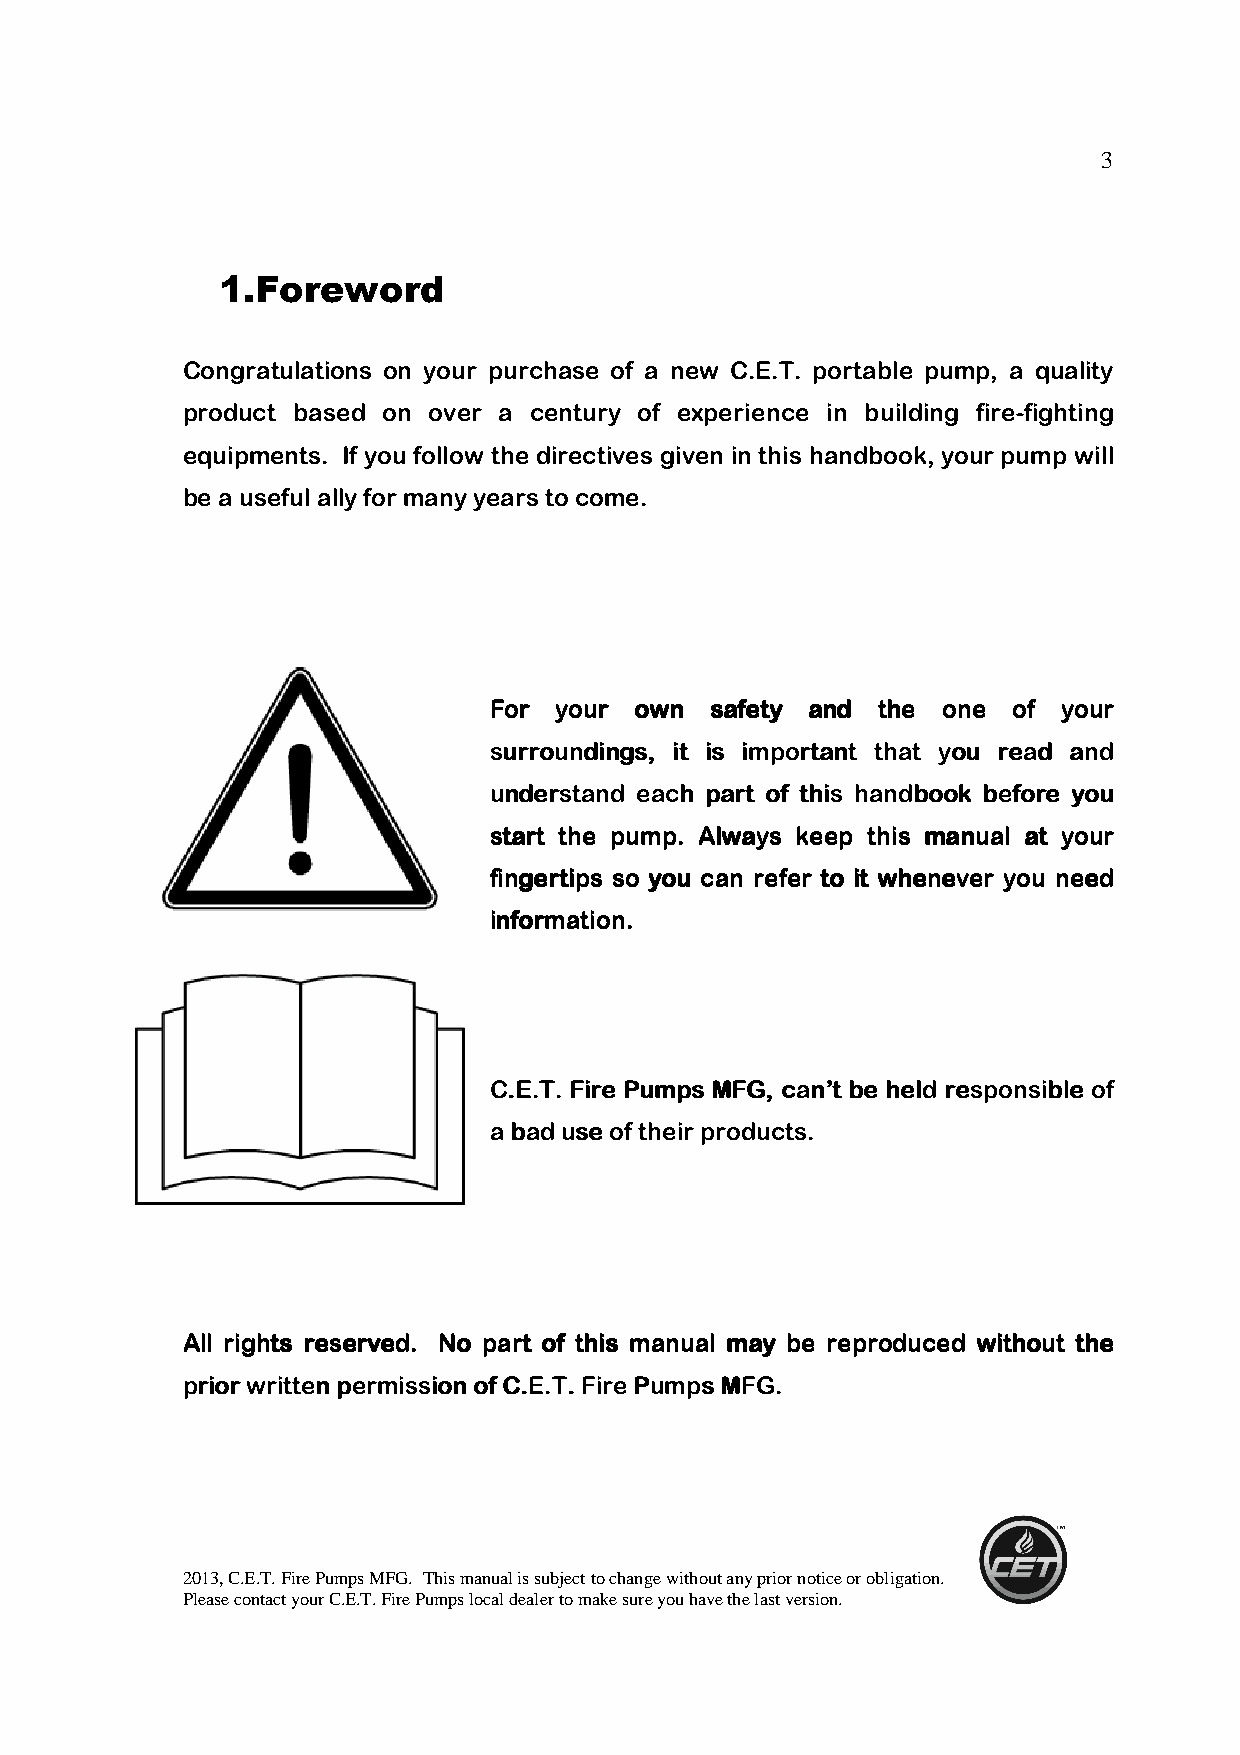
3
 1.Foreword
 Congratulations on your purchase of a new C.E.T. portable pump, a quality
 product based on over a century of experience in building fire-fighting
 equipments. If you follow the directives given in this handbook, your pump will
 be a useful ally for many years to come.
 FFFFoooorrrr yyyyoooouuuurrrr oooowwwwnnnn ssssaaaaffffeeeettttyyyy aaaannnndddd tttthhhheeee oooonnnneeee ooooffff yyyyoooouuuurrrr
 ssssuuuurrrrrrrroooouuuunnnnddddiiiinnnnggggssss,,,, iiiitttt iiiissss iiiimmmmppppoooorrrrttttaaaannnntttt tttthhhhaaaatttt yyyyoooouuuu rrrreeeeaaaadddd aaaannnndddd
 uuuunnnnddddeeeerrrrssssttttaaaannnndddd eeeeaaaacccchhhh ppppaaaarrrrtttt ooooffff tttthhhhiiiissss hhhhaaaannnnddddbbbbooooooookkkk bbbbeeeeffffoooorrrreeee yyyyoooouuuu
 ssssttttaaaarrrrtttt tttthhhheeee ppppuuuummmmpppp.... AAAAllllwwwwaaaayyyyssss kkkkeeeeeeeepppp tttthhhhiiiissss mmmmaaaannnnuuuuaaaallll aaaatttt yyyyoooouuuurrrr
 ffffiiiinnnnggggeeeerrrrttttiiiippppssss ssssoooo yyyyoooouuuu ccccaaaannnn rrrreeeeffffeeeerrrr ttttoooo iiiitttt wwwwhhhheeeennnneeeevvvveeeerrrr yyyyoooouuuu nnnneeeeeeeedddd
 iiiinnnnffffoooorrrrmmmmaaaattttiiiioooonnnn....
 CCCC....EEEE....TTTT.... FFFFiiiirrrreeee PPPPuuuummmmppppssss MMMMFFFFGGGG,,,, ccccaaaannnn’’’’tttt bbbbeeee hhhheeeelllldddd rrrreeeessssppppoooonnnnssssiiiibbbblllleeee ooooffff
 aaaa bbbbaaaadddd uuuusssseeee ooooffff tttthhhheeeeiiiirrrr pppprrrroooodddduuuuccccttttssss....
 AAAAllllllll rrrriiiigggghhhhttttssss rrrreeeesssseeeerrrrvvvveeeedddd.... NNNNoooo ppppaaaarrrrtttt ooooffff tttthhhhiiiissss mmmmaaaannnnuuuuaaaallll mmmmaaaayyyy bbbbeeee rrrreeeepppprrrroooodddduuuucccceeeedddd wwwwiiiitttthhhhoooouuuutttt tttthhhheeee
 pppprrrriiiioooorrrr wwwwrrrriiiitttttttteeeennnn ppppeeeerrrrmmmmiiiissssssssiiiioooonnnn ooooffff CCCC....EEEE....TTTT.... FFFFiiiirrrreeee PPPPuuuummmmppppssss MMMMFFFFGGGG....
 2013, C.E.T. Fire Pumps MFG. This manual is subject to change without any prior notice or obligation.
 Please contact your C.E.T. Fire Pumps local dealer to make sure you have the last version.